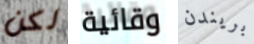
لكن وقائية بريندن